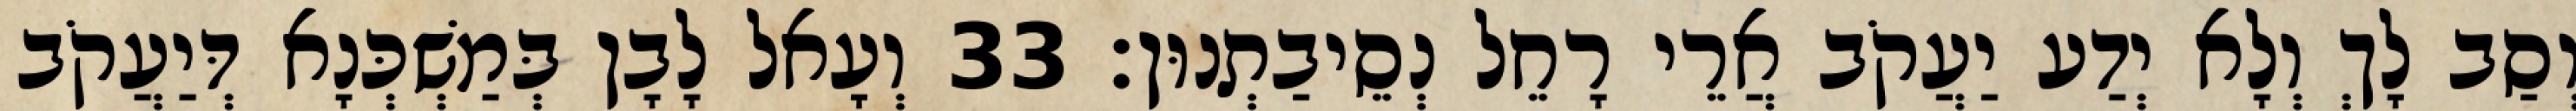
וְסַב לָךְ וְלָא יְדַע יַעֲקֹב אֲרֵי רָחֵל נְסֵיבַתְנוּן׃ 33 וְעָאל לָבָן בְּמַשְׁכְּנָא דְּיַעֲקֹב